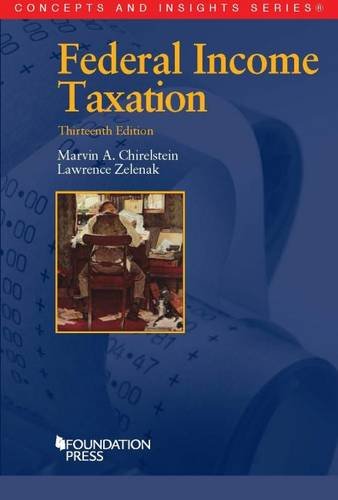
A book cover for Federal Income Taxation (Concepts and Insights); Marvin Chirelstein; Law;